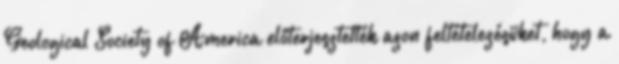
Geological Society of America előterjesztették azon feltételezésüket, hogy a